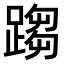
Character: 𨃘